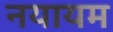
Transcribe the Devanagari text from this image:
नयायम